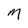
Character: M